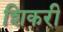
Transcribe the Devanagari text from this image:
शिकरी